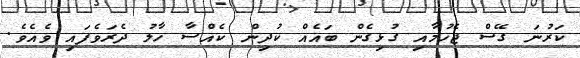
ކަރުނަ ގޭސް ޖެހުމާއި ގުޅިގެން ބައެއް ކުދިން ކެއްސާ ހާލު ދެރަވެފައި ވެއެވެ.